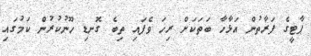
ޕާޓީގެ ފަރާތުން އަޅާހާ ބަތަކަށް ރިހަ ވެފައި ތިބެ ގޮނޑި ހޫނުކުރުން ކަމުގައި